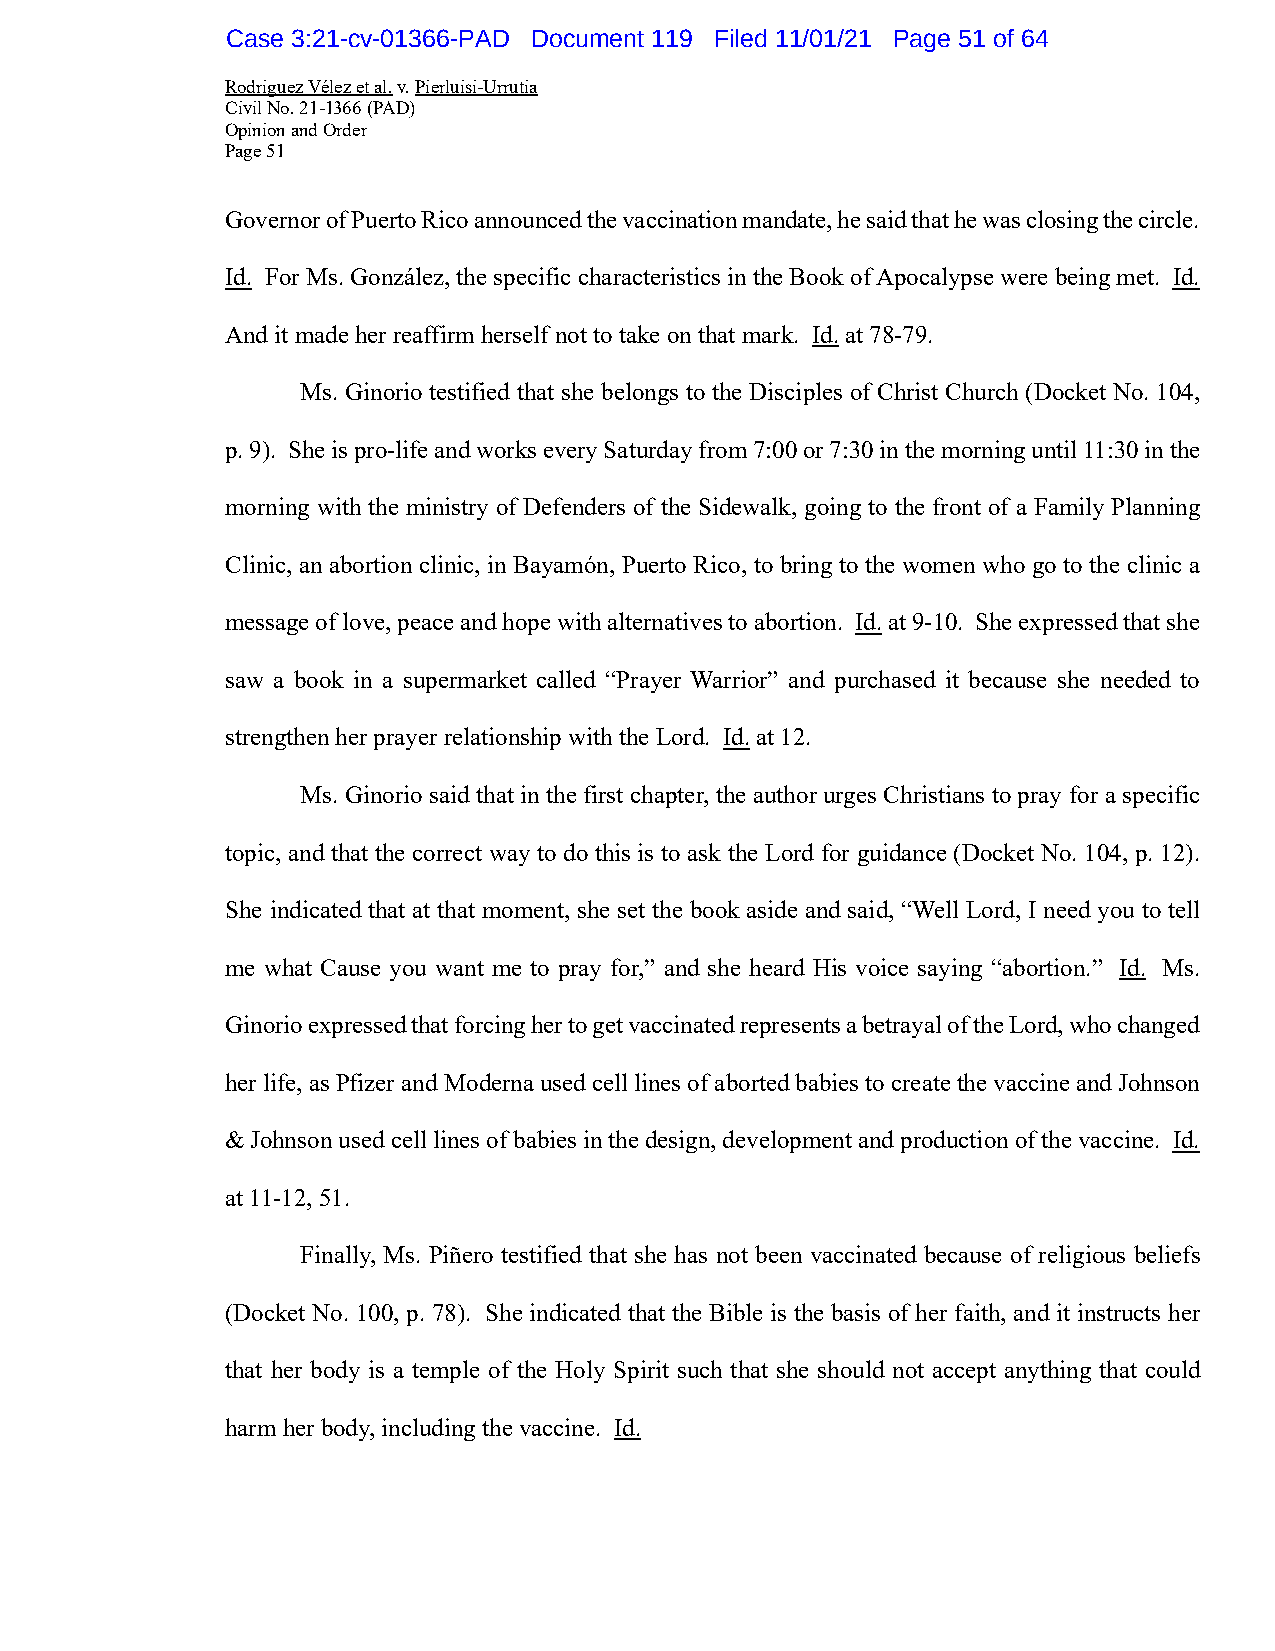
Case 3:21-cv-01366-PAD Document 119 Filed 11/01/21 Page 51 of 64
 Rodriguez Vélez et al. v. Pierluisi-Urrutia
 Civil No. 21-1366 (PAD)
 Opinion and Order
 Page 51
 Governor of Puerto Rico announced the vaccination mandate, he said that he was closing the circle.
 Id. For Ms. González, the specific characteristics in the Book of Apocalypse were being met. Id.
 And it made her reaffirm herself not to take on that mark. Id. at 78-79.
 Ms. Ginorio testified that she belongs to the Disciples of Christ Church (Docket No. 104,
 p. 9). She is pro-life and works every Saturday from 7:00 or 7:30 in the morning until 11:30 in the
 morning with the ministry of Defenders of the Sidewalk, going to the front of a Family Planning
 Clinic, an abortion clinic, in Bayamón, Puerto Rico, to bring to the women who go to the clinic a
 message of love, peace and hope with alternatives to abortion. Id. at 9-10. She expressed that she
 saw a book in a supermarket called “Prayer Warrior” and purchased it because she needed to
 strengthen her prayer relationship with the Lord. Id. at 12.
 Ms. Ginorio said that in the first chapter, the author urges Christians to pray for a specific
 topic, and that the correct way to do this is to ask the Lord for guidance (Docket No. 104, p. 12).
 She indicated that at that moment, she set the book aside and said, “Well Lord, I need you to tell
 me what Cause you want me to pray for,” and she heard His voice saying “abortion.” Id. Ms.
 Ginorio expressed that forcing her to get vaccinated represents a betrayal of the Lord, who changed
 her life, as Pfizer and Moderna used cell lines of aborted babies to create the vaccine and Johnson
 & Johnson used cell lines of babies in the design, development and production of the vaccine. Id.
 at 11-12, 51.
 Finally, Ms. Piñero testified that she has not been vaccinated because of religious beliefs
 (Docket No. 100, p. 78). She indicated that the Bible is the basis of her faith, and it instructs her
 that her body is a temple of the Holy Spirit such that she should not accept anything that could
 harm her body, including the vaccine. Id.